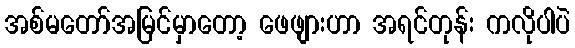
အစ်မတော်အမြင်မှာတော့ ဖေဖျားဟာ အရင်တုန်း ကလိုပါပဲ